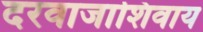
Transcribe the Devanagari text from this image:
दरवाजाशिवाय